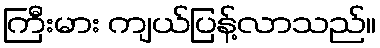
ကြီးမား ကျယ်ပြန့်လာသည်။